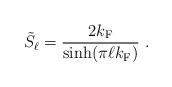
LaTeX: \begin{align*}\tilde{S}_{\ell} = \frac{2 k_{\rm F}}{\sinh (\pi \ell k_{\rm F})} \ .\end{align*}